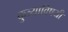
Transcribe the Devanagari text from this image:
कुत्र्याविषयी